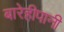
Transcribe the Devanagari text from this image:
बारेहीपानी